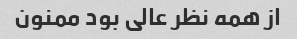
از همه نظر عالی بود ممنون